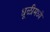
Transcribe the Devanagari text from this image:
धूळीमध्ये